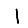
Digit: 1